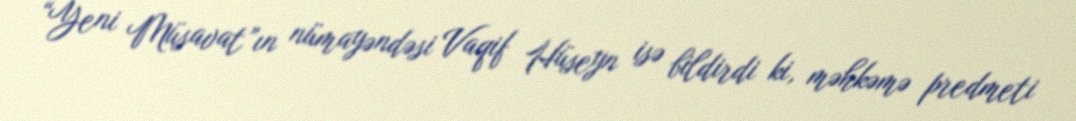
“Yeni Müsavat”ın nümayəndəsi Vaqif Hüseyn isə bildirdi ki, məhkəmə predmeti